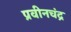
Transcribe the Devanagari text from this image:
प्रवीनचंद्र